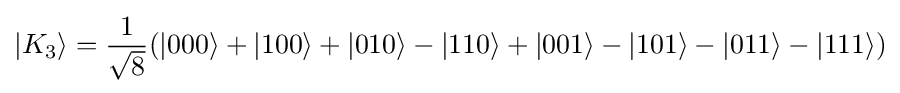
{\left|K_{3}\right\rangle }={\frac {1}{\sqrt {8}}}({\left|000\right\rangle }+{\left|100\right\rangle }+{\left|010\right\rangle }-{\left|110\right\rangle }+{\left|001\right\rangle }-{\left|101\right\rangle }-{\left|011\right\rangle }-{\left|111\right\rangle })